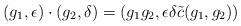
LaTeX: \begin{align*} (g_1,\epsilon)\cdot (g_2,\delta) = (g_1 g_2 , \epsilon \delta \tilde{c}(g_1,g_2))\end{align*}